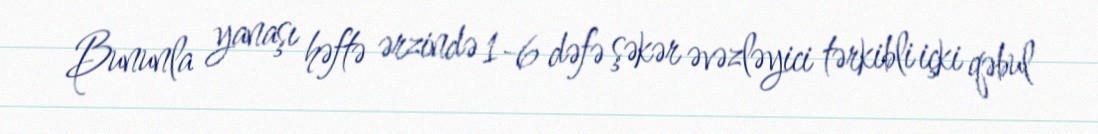
Bununla yanaşı həftə ərzində 1-6 dəfə şəkər əvəzləyici tərkibli içki qəbul